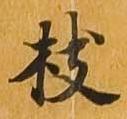
枝